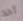
أحد